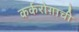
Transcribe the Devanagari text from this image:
कर्करोग़ाची